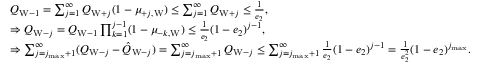
\begin{array} { r l } & { Q _ { \mathrm { W } - 1 } = \sum _ { j = 1 } ^ { \infty } Q _ { \mathrm { W } + j } ( 1 - \mu _ { + j , \mathrm { W } } ) \le \sum _ { j = 1 } ^ { \infty } Q _ { \mathrm { W } + j } \le \frac { 1 } { e _ { 2 } } , } \\ & { \Rightarrow Q _ { \mathrm { W } - j } = Q _ { \mathrm { W } - 1 } \prod _ { k = 1 } ^ { j - 1 } ( 1 - \mu _ { - k , \mathrm { W } } ) \le \frac { 1 } { e _ { 2 } } ( 1 - e _ { 2 } ) ^ { j - 1 } , } \\ & { \Rightarrow \sum _ { j = j _ { \operatorname* { m a x } } + 1 } ^ { \infty } ( Q _ { \mathrm { W } - j } - \hat { Q } _ { \mathrm { W } - j } ) = \sum _ { j = j _ { \operatorname* { m a x } } + 1 } ^ { \infty } Q _ { \mathrm { W } - j } \le \sum _ { j = j _ { \operatorname* { m a x } } + 1 } ^ { \infty } \frac { 1 } { e _ { 2 } } ( 1 - e _ { 2 } ) ^ { j - 1 } = \frac { 1 } { e _ { 2 } ^ { 2 } } ( 1 - e _ { 2 } ) ^ { j _ { \operatorname* { m a x } } } . } \end{array}